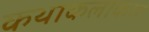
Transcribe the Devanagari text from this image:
कथाकलाकार